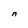
Character: n